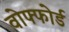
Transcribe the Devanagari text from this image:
वोफ्फोर्ड